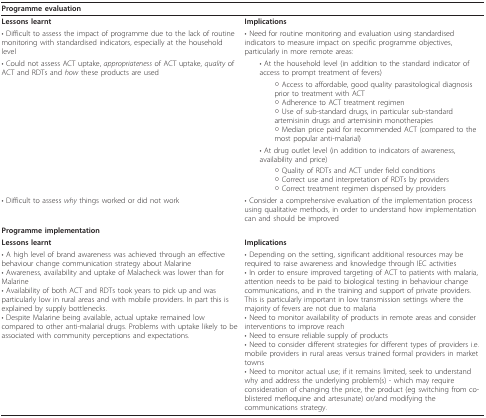
<table><thead><tr><td colspan="2"><b>Programme evaluation</b></td></tr></thead><tbody><tr><td><b>Lessons learnt</b></td><td><b>Implications</b></td></tr><tr><td>• Difficult to assess the impact of programme due to the lack of routine monitoring with standardised indicators, especially at the household level</td><td>• Need for routine monitoring and evaluation using standardised indicators to measure impact on specific programme objectives, particularly in more remote areas:</td></tr><tr><td>• Could not assess ACT uptake, <i>appropriateness </i>of ACT uptake, <i>quality </i>of ACT and RDTs and <i>how </i>these products are used</td><td> • At the household level (in addition to the standard indicator of access to prompt treatment of fevers)</td></tr><tr><td></td><td>○ Access to affordable, good quality parasitological diagnosis prior to treatment with ACT○ Adherence to ACT treatment regimen○ Use of sub-standard drugs, in particular sub-standard artemisinin drugs and artemisinin monotherapies○ Median price paid for recommended ACT (compared to the most popular anti-malarial)</td></tr><tr><td></td><td> • At drug outlet level (in addition to indicators of awareness, availability and price)</td></tr><tr><td></td><td>○ Quality of RDTs and ACT under field conditions○ Correct use and interpretation of RDTs by providers○ Correct treatment regimen dispensed by providers</td></tr><tr><td>• Difficult to assess <i>why </i>things worked or did not work</td><td>• Consider a comprehensive evaluation of the implementation process using qualitative methods, in order to understand how implementation can and should be improved</td></tr><tr><td colspan="2"><b>Programme implementation</b></td></tr><tr><td><b>Lessons learnt</b></td><td><b>Implications</b></td></tr><tr><td>• A high level of brand awareness was achieved through an effective behaviour change communication strategy about Malarine• Awareness, availability and uptake of Malacheck was lower than for Malarine• Availability of both ACT and RDTs took years to pick up and was particularly low in rural areas and with mobile providers. In part this is explained by supply bottlenecks.• Despite Malarine being available, actual uptake remained low compared to other anti-malarial drugs. Problems with uptake likely to be associated with community perceptions and expectations.</td><td>• Depending on the setting, significant additional resources may be required to raise awareness and knowledge through IEC activities• In order to ensure improved targeting of ACT to patients with malaria, attention needs to be paid to biological testing in behaviour change communications, and in the training and support of private providers. This is particularly important in low transmission settings where the majority of fevers are not due to malaria• Need to monitor availability of products in remote areas and consider interventions to improve reach• Need to ensure reliable supply of products• Need to consider different strategies for different types of providers i.e. mobile providers in rural areas versus trained formal providers in market towns• Need to monitor actual use; if it remains limited, seek to understand why and address the underlying problem(s) - which may require consideration of changing the price, the product (eg switching from co-blistered mefloquine and artesunate) or/and modifying the communications strategy.</td></tr></tbody></table>